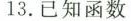
13.已知函数